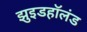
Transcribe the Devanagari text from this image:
झुइडहॉलंड